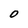
Character: 0